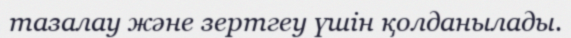
тазалау және зертгеу үшін қолданылады.